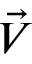
\vec { V }